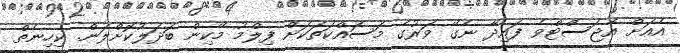
އެއަށް އެޖަސްޓްވެ ފައިދާ ނެގޭ ވަރުގެ މަސައްކަތަކަށް ފިލްމު މޭކިން ބަދަލުކޮށްލަން. ކިހިނެތް